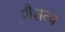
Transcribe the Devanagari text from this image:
शैशत्व